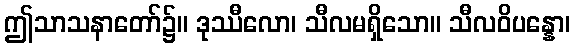
ဤသာသနာတော်၌။ ဒုဿီလော၊ သီလမရှိသော။ သီလဝိပန္နော၊